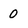
Character: 0